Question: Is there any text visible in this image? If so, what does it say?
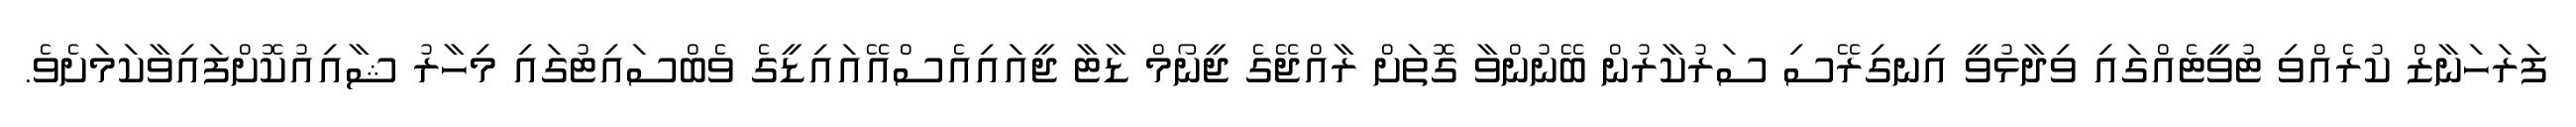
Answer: ފަރަހަނާޒް ކުރެއްވި ޓުވީޓެއްގައި ވިދާޅުވީ އިނގިރޭސި ސަރުކާރުން ބޭނުންވާ ގޮތަށް ރާއްޖޭގެ ޖީނޯމް ޑާޓާ ޖީއައިއެސްއޭއައިޑީގެ ވެބްސައިޓުގައި މިހާރު ޝާއިއުކޮށްފައިވާކަމަށެވެ.